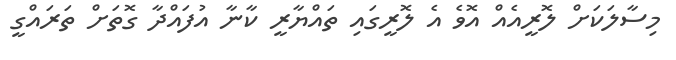
މިސާލަކަށް ލޮރީއެއް އޮވެ އެ ލޮރީގައި ތައްޔާރީ ކާނާ އުފައްދާ ގޮތަށް ތަރައްގީ